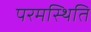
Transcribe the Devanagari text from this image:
परमस्थिति